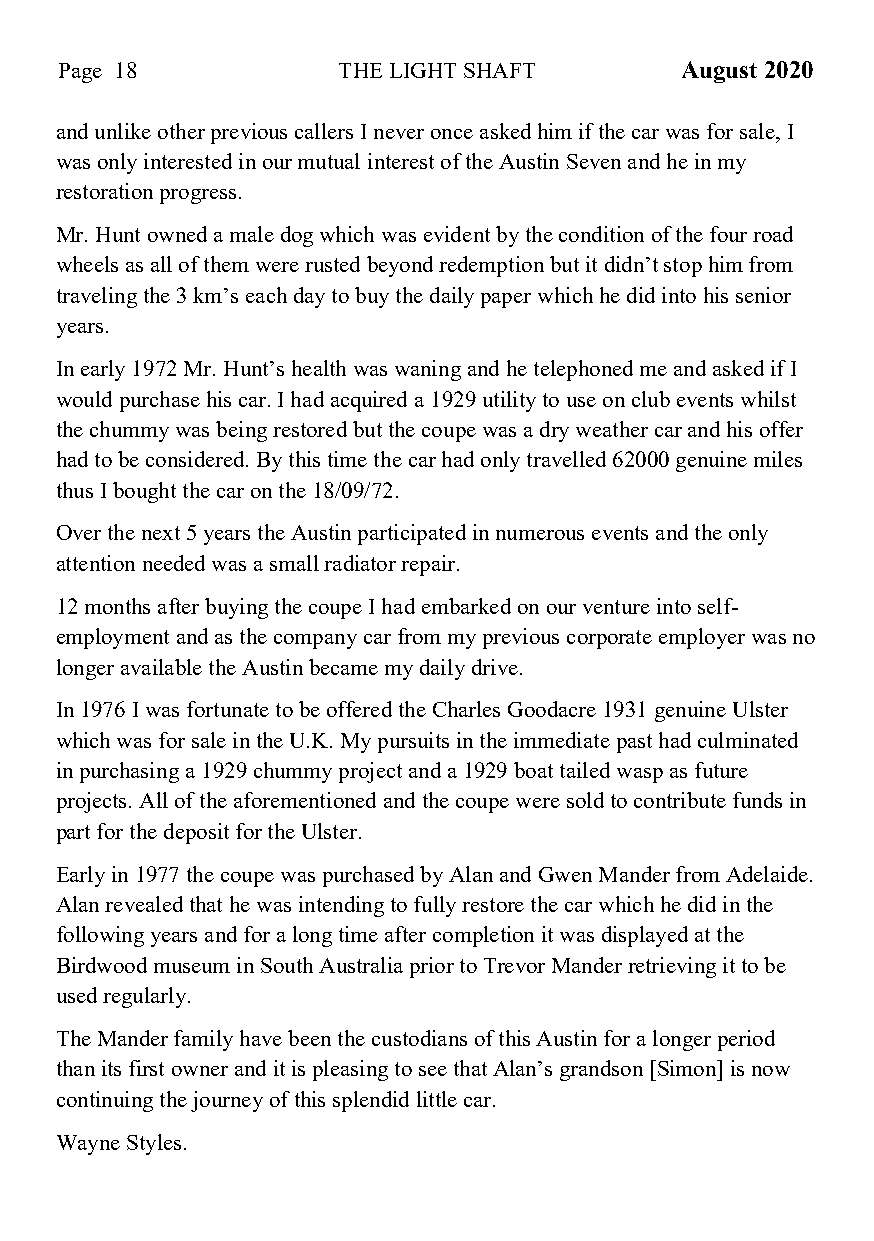
Page 18           THE LIGHT SHAFT        August 2020
 and unlike other previous callers I never once asked him if the car was for sale, I
 was only interested in our mutual interest of the Austin Seven and he in my
 restoration progress.
 Mr. Hunt owned a male dog which was evident by the condition of the four road
 wheels as all of them were rusted beyond redemption but it didn’t stop him from
 traveling the 3 km’s each day to buy the daily paper which he did into his senior
 years.
 In early 1972 Mr. Hunt’s health was waning and he telephoned me and asked if I
 would purchase his car. I had acquired a 1929 utility to use on club events whilst
 the chummy was being restored but the coupe was a dry weather car and his offer
 had to be considered. By this time the car had only travelled 62000 genuine miles
 thus I bought the car on the 18/09/72.
 Over the next 5 years the Austin participated in numerous events and the only
 attention needed was a small radiator repair.
 12 months after buying the coupe I had embarked on our venture into self-
 employment and as the company car from my previous corporate employer was no
 longer available the Austin became my daily drive.
 In 1976 I was fortunate to be offered the Charles Goodacre 1931 genuine Ulster
 which was for sale in the U.K. My pursuits in the immediate past had culminated
 in purchasing a 1929 chummy project and a 1929 boat tailed wasp as future
 projects. All of the aforementioned and the coupe were sold to contribute funds in
 part for the deposit for the Ulster.
 Early in 1977 the coupe was purchased by Alan and Gwen Mander from Adelaide.
 Alan revealed that he was intending to fully restore the car which he did in the
 following years and for a long time after completion it was displayed at the
 Birdwood museum in South Australia prior to Trevor Mander retrieving it to be
 used regularly.
 The Mander family have been the custodians of this Austin for a longer period
 than its first owner and it is pleasing to see that Alan’s grandson [Simon] is now
 continuing the journey of this splendid little car.
 Wayne Styles.